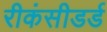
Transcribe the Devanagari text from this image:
रीकंसीडर्ड